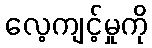
လေ့ကျင့်မှုကို